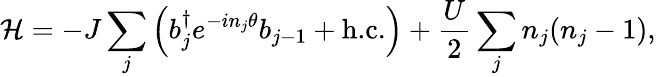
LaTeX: {\mathcal{H}}=-J\sum_{j}\left({b}_{j}^{\dagger}e^{-i{n}_{j}\theta}{b}_{j-1}+\textrm{h.c.}\right)+\frac{U}{2}\sum_{j}{n}_{j}({n}_{j}-1),